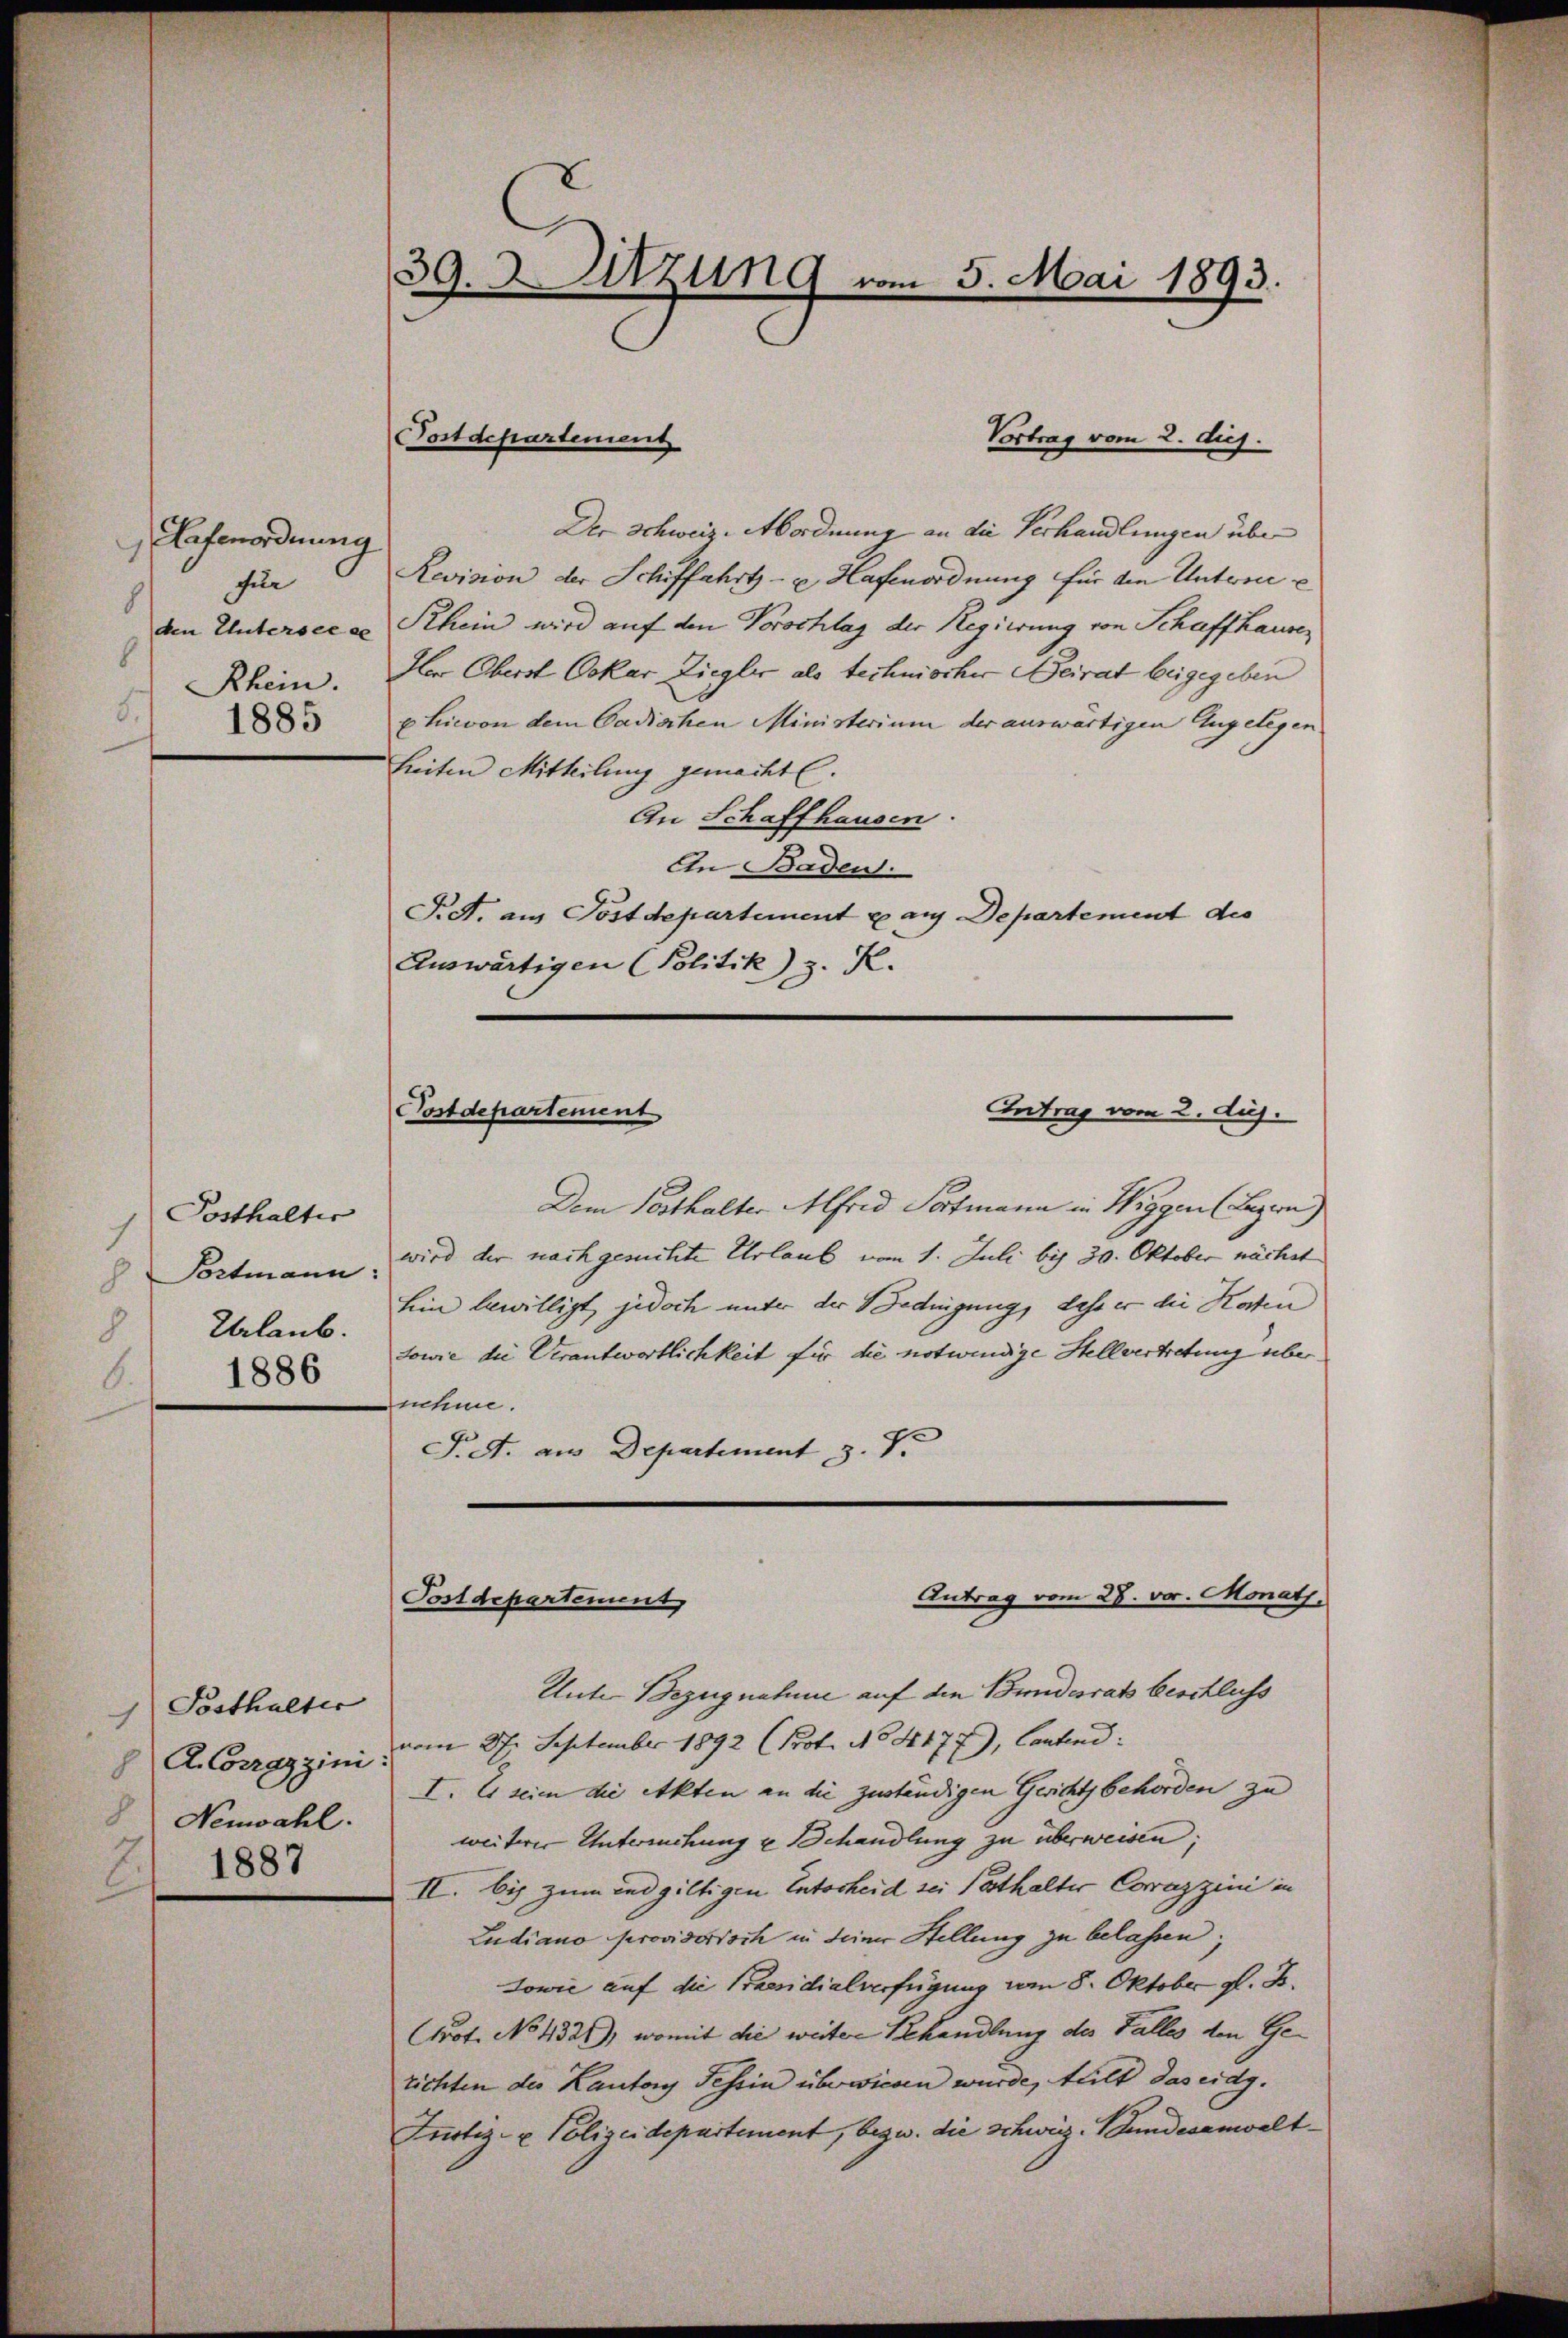
Hefenordnung
für
8
6
5.

Posthalter
 Portmann:
Urlaub.
8
1886
6.

Sosthalter
A. Corragzini:
Neuwahl.
1887
2

39. 3. Sitzung vom 5. Mai 1893.

Vortrag vom 2. Aug.
Der Schweiz. Abordnung an die Verhandlungen über
Revision der Schiffahrts- u. Hafenordnung für den Untern e
den Untersee er Rhein wird auf den Vorschlag der Regierung von Schaffhausen
Rhein. Her Oberst Oskar Ziegler als technischer Beirat beigegeben
3 p hievon dem Cadischen Ministerium der auswärtigen Angelegen
heiten Mitteilung gemachte.
An Schaffhausen.
An Baden.
F. A. am Postdepartement p aus Departement des
Auswärtigen Politik) z. R.

Postdepartement

Postdepartement

Intrag vom 2. huj.

Antrag vom 28. vor. Monath,
Postdepartement

Dem Posthalter Alfrid Portmann in Wiggen Lagern)
wird der nachgesuchte Urlaub vom 1. Juli bis 30. Oktober nächst
hin bewilligt, jedoch unter der Bedingung, dass er die Katen
Sowie die Verantwortlichkeit für die notwendige Stellvertretung über
nehme.
T. A. aus Departement z. S.
Unter Bezugnahme auf die Bundesrat beschluss
vom 27. September 1892 (Prot. No 4177), Cantend:
I. Es seien die Akten an die zuständigen Gerichtsbehörden zu
weiterer Untersuchung u Behandlung zu überweisen;
II. bis zum und giltigen Entscheid sei Posthalter Corazzini in
Ludiano provisorisch in deiner Stellung zu belassen;
Jowie auf die Praesidialverfügung vom 8. Oktober gl. B.
Prot. No 4326), womit die weitere Behandlung des Falles den Gerichten des Kantory Tessin überwieden wurde, hält das eidg.
Iustiz- & Polizeidepartement, bezw. die schweiz. Bundesanwalt¬